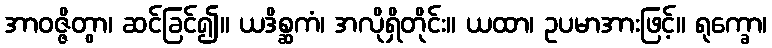
အာဝဇ္ဇိတွာ၊ ဆင်ခြင်၍။ ယဒိစ္ဆကံ၊ အလိုရှိတိုင်း။ ယထာ၊ ဥပမာအားဖြင့်။ ရုက္ခော၊